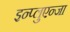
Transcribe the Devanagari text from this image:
इन्प्लुएन्जा